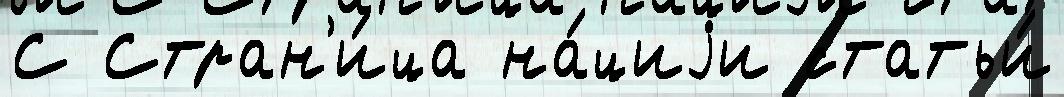
С Стран'и́ца на́циjи статьи́